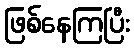
ဖြစ်နေကြပြီး